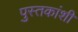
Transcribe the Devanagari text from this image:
पुस्तकांशी